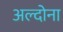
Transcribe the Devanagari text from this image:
अल्दोना